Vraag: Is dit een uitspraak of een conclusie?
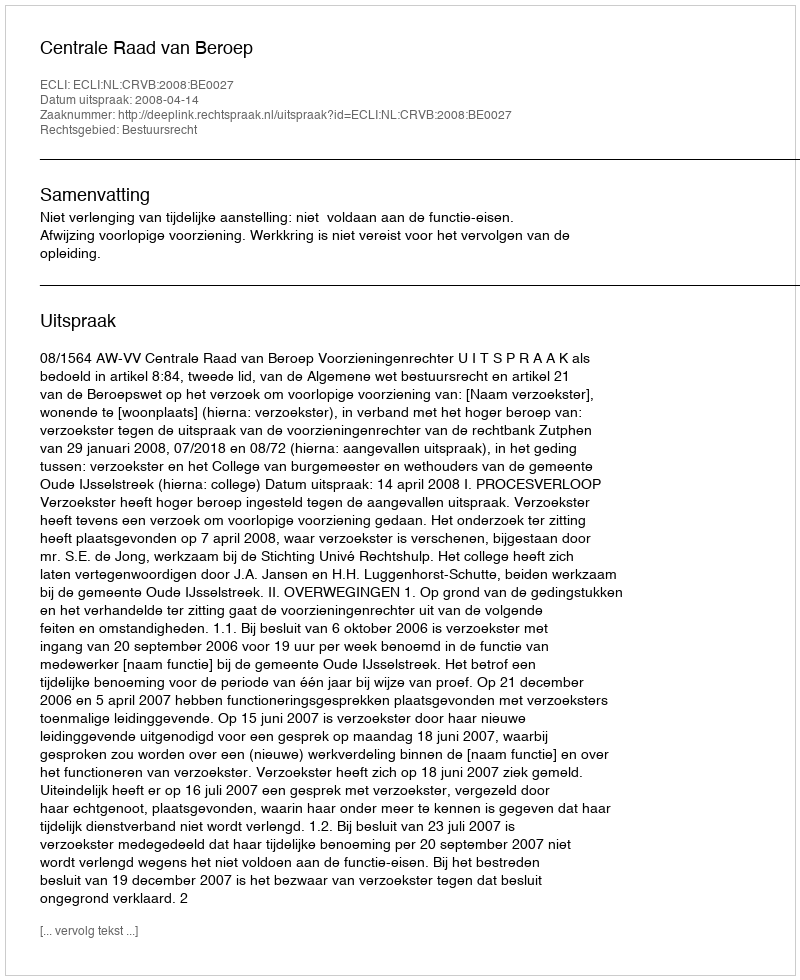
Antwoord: Uitspraak